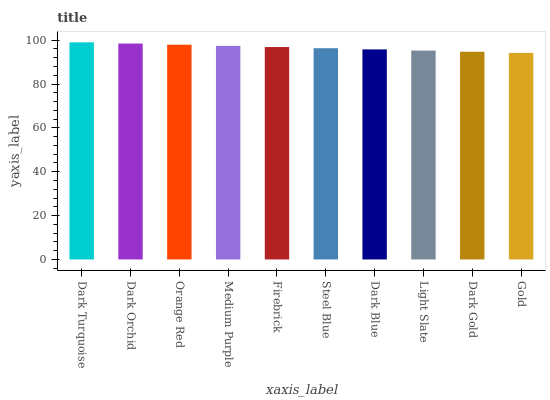
| xaxis_label | bars |
 | --- | --- |
 | Dark Turquoise | 99 |
 | Dark Orchid | 98.5 |
 | Orange Red | 97.9 |
 | Medium Purple | 97.4 |
 | Firebrick | 96.9 |
 | Steel Blue | 96.3 |
 | Dark Blue | 95.8 |
 | Light Slate | 95.3 |
 | Dark Gold | 94.7 |
 | Gold | 94.2 |